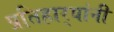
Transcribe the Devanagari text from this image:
प्रतिहार्‍यांनी